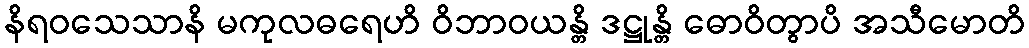
နိရဝသေသာနိ မကုလဓရေဟိ ဝိဘာဝယန္တိ ဒဋ္ဌုန္တိ ဓောဝိတွာပိ အသီမောတိ